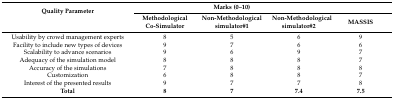
<table><thead><tr><td rowspan="2"><b>Quality Parameter</b></td><td colspan="3"><b>Marks (0–10)</b></td><td></td></tr><tr><td><b>Methodological Co-Simulator</b></td><td><b>Non-Methodological simulator#1</b></td><td><b>Non-Methodological simulator#2</b></td><td><b>MASSIS</b></td></tr></thead><tbody><tr><td>Usability by crowd management experts</td><td>8</td><td>5</td><td>6</td><td>9</td></tr><tr><td>Facility to include new types of devices</td><td>9</td><td>7</td><td>6</td><td>6</td></tr><tr><td>Scalability to advance scenarios</td><td>9</td><td>6</td><td>9</td><td>7</td></tr><tr><td>Adequacy of the simulation model</td><td>8</td><td>8</td><td>8</td><td>7</td></tr><tr><td>Accuracy of the simulations</td><td>7</td><td>8</td><td>8</td><td>8</td></tr><tr><td>Customization</td><td>6</td><td>8</td><td>8</td><td>7</td></tr><tr><td>Interest of the presented results</td><td>9</td><td>7</td><td>7</td><td>8</td></tr><tr><td><b>Total</b></td><td><b>8</b></td><td><b>7</b></td><td><b>7.4</b></td><td><b>7.5</b></td></tr></tbody></table>